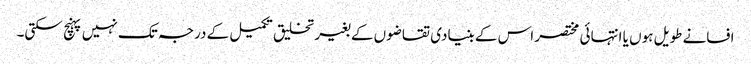
افسانے طویل ہوں یا انتہائی مختصر اس کے بنیادی تقاضوں کے بغیر تخلیق تکمیل کے درجہ تک نہیں پہنچ سکتی۔